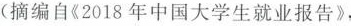
(摘编自《2018年中国大学生就业报告》，